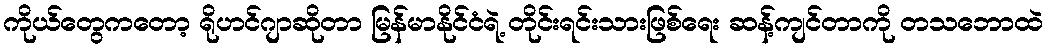
ကိုယ်တွေကတော့ ရိုဟင်ဂျာဆိုတာ မြန်မာနိုင်ငံရဲ့ တိုင်းရင်းသားဖြစ်ရေး ဆန့်ကျင်တာကို တသဘောထဲ